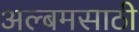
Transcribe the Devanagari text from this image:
अल्बमसाठी